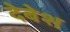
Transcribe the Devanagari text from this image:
देबेश